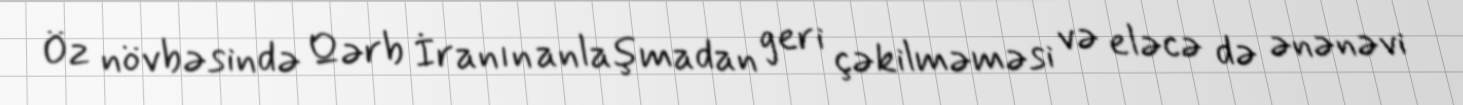
Öz növbəsində Qərb İranın anlaşmadan geri çəkilməməsi və eləcə də ənənəvi